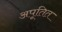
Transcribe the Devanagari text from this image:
अपूतित